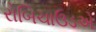
રોબિચાઉડએ